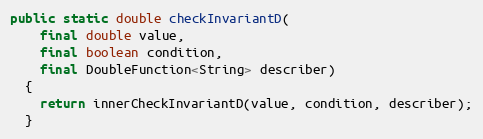
Language: Java
public static double checkInvariantD(
    final double value,
    final boolean condition,
    final DoubleFunction<String> describer)
  {
    return innerCheckInvariantD(value, condition, describer);
  }